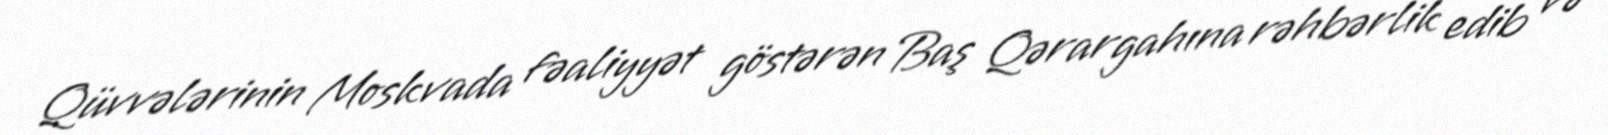
Qüvvələrinin Moskvada fəaliyyət göstərən Baş Qərargahına rəhbərlik edib və